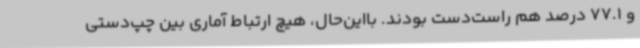
و 77.1 درصد هم راست‌دست بودند. بااین‌حال، هیچ ارتباط آماری بین چپ‌دستی